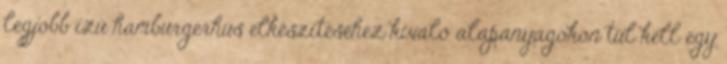
legjobb ízű hamburgerhús elkészítéséhez kiváló alapanyagokon túl kell egy